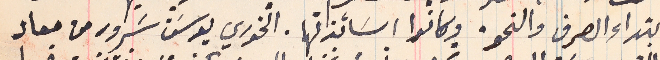
ابتداء الصرف والنحو. وكانوا اسَاتذتها. الخوري يوسَف سَرور من معاد